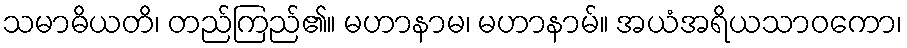
သမာဓိယတိ၊ တည်ကြည်၏။ မဟာနာမ၊ မဟာနာမ်။ အယံအရိယသာဝကော၊